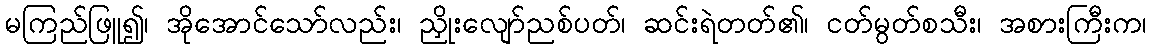
မကြည်ဖြူ၍၊ အိုအောင်သော်လည်း၊ ညှိုးလျော်ညစ်ပတ်၊ ဆင်းရဲတတ်၏၊ ငတ်မွတ်စသီး၊ အစားကြီးက၊